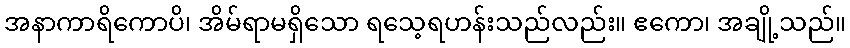
အနာကာရိကောပိ၊ အိမ်ရာမရှိသော ရသေ့ရဟန်းသည်လည်း။ ဧကော၊ အချို့သည်။